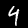
Label: 4